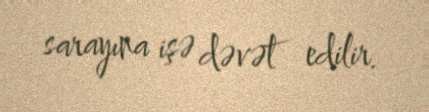
sarayına işə dəvət edilir.